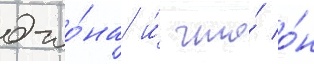
джо́на и́ что́ о́н